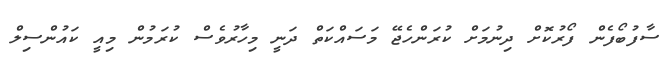
ސާފުބޯފެން ފޯރުކޮށް ދިނުމަށް ކުރަންހެޖޭ މަސައްކަތް ދަނީ މިހާރުވެސް ކުރަމުން މިއީ ކައުންސިލް